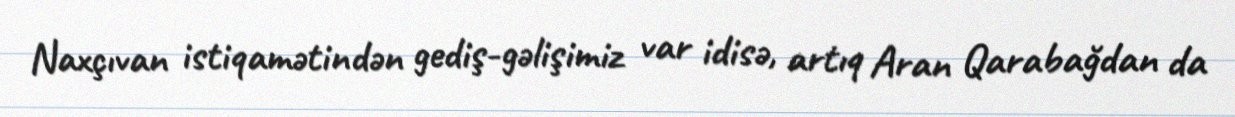
Naxçıvan istiqamətindən gediş-gəlişimiz var idisə, artıq Aran Qarabağdan da